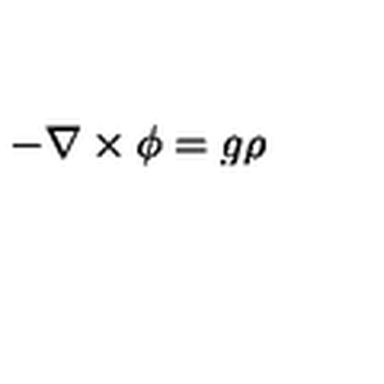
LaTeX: - \mathrm { \boldmath \nabla } \times \mathrm { \boldmath \phi } = g \rho